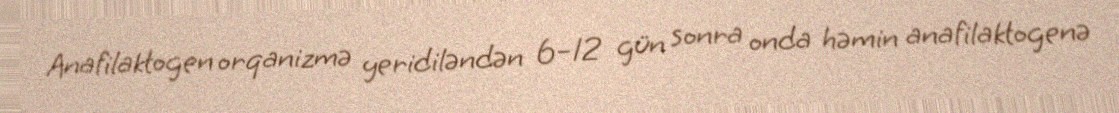
Anafilaktogen orqanizmə yeridiləndən 6–12 gün sonra onda həmin anafilaktogenə